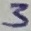
Text: 3